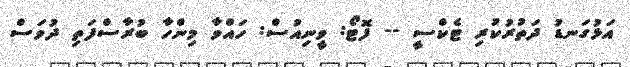
އަޅުގަނޑު ދަތުރުކުރި ޓެކްސީ -- ފޮޓޯ: ވީނިއުސް: ހައްވާ މިންހާ ބުރާސްފަތި ދުވަސް